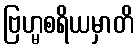
ဗြဟ္မစရိယမှာတိ